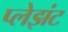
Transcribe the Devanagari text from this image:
प्लेझंट